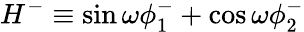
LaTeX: H^{-}\equiv\sin\omega\phi_{1}^{-}+\cos\omega\phi_{2}^{-}